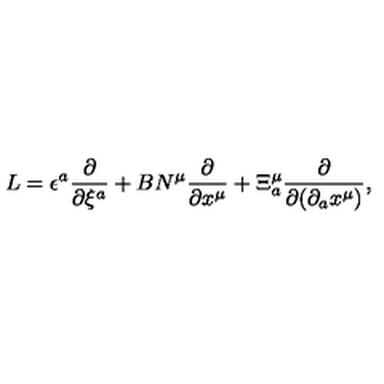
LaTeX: L = \epsilon ^ { a } \frac { \partial } { \partial \xi ^ { a } } + B N ^ { \mu } \frac { \partial } { \partial x ^ { \mu } } + \Xi _ { a } ^ { \mu } \frac { \partial } { \partial ( \partial _ { a } x ^ { \mu } ) } ,